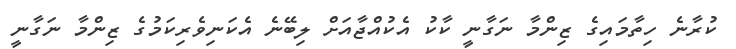
ކުރާނެ ހިތާމައިގެ ޒިންމާ ނަގާނީ ކާކު އެކުއްޖާއަށް ލިބޭނެ އެކަނިވެރިކަމުގެ ޒިންމާ ނަގާނީ